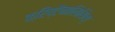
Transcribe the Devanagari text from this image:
क्रिप्टैनालिसिस्